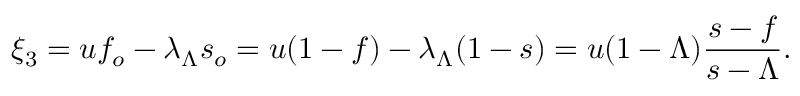
\xi _ { 3 } = u f _ { o } - \lambda _ { \Lambda } s _ { o } = u ( 1 - f ) - \lambda _ { \Lambda } ( 1 - s ) = u ( 1 - \Lambda ) \frac { s - f } { s - \Lambda } .